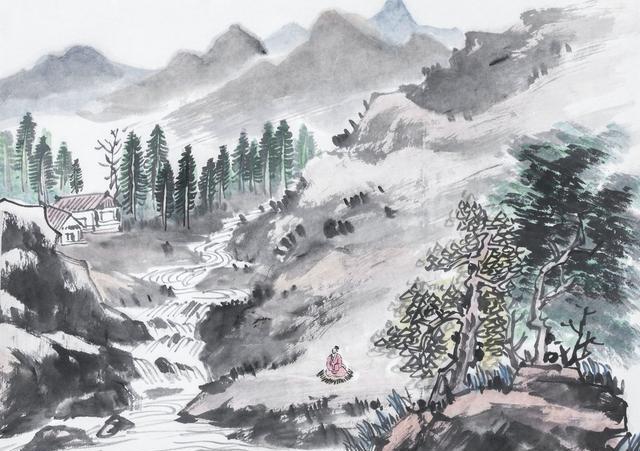
随意春芳歇，王孙自可留。